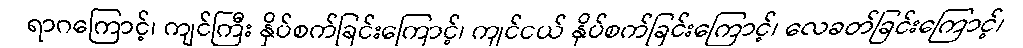
ရာဂကြောင့်၊ ကျင်ကြီး နှိပ်စက်ခြင်းကြောင့်၊ ကျင်ငယ် နှိပ်စက်ခြင်းကြောင့်၊ လေခတ်ခြင်းကြောင့်၊